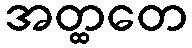
အတ္ထတေ